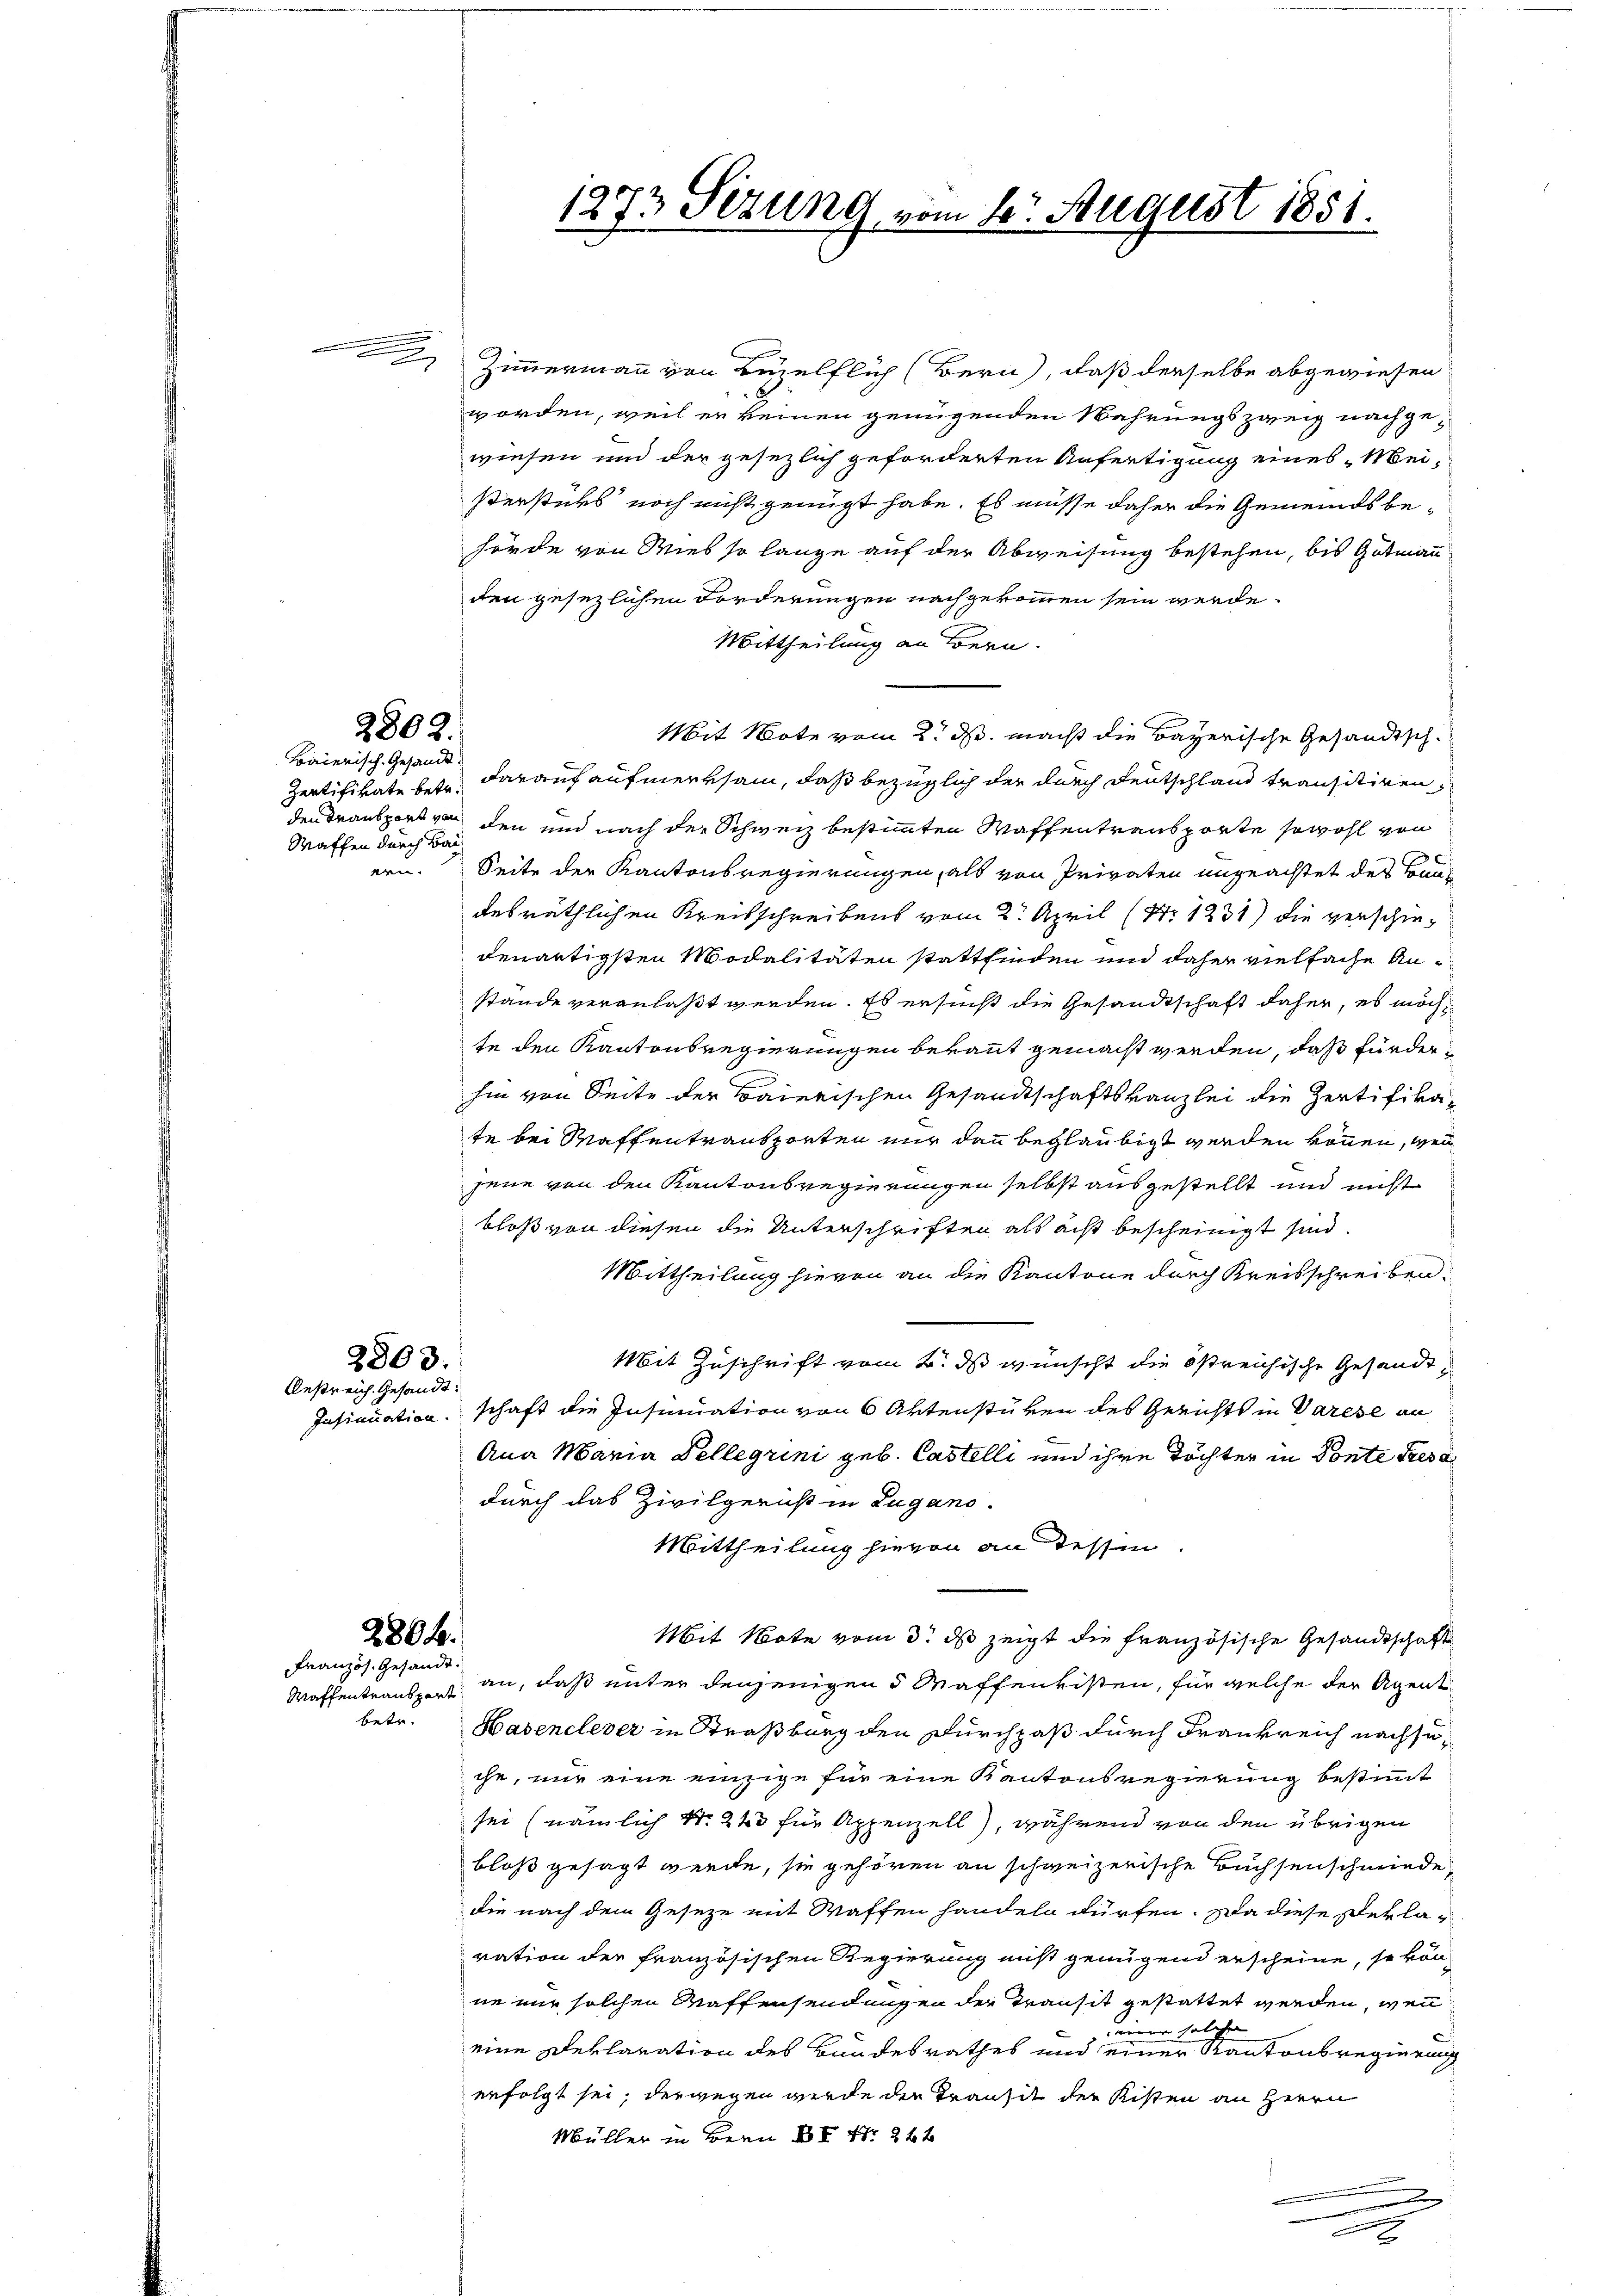
2802.

Baierisch. Gesandt
Waffen durch Bai
en

2803.
Bestreich. Gesandt.

2804.
Französ. Gesandt.
betr.

2 Zimmermann von Bezelflich (Bern, daß derselbe abgewiesen
worden, weil er keinen genügenden Wahrungszweig nachgewiesen und der gesezlich geforderten Anfertigung eines Meißerstüks noch nicht genügt habe. Es müsse daher die Gemeindsbehörde von Wies so lange auf der Abweisung bestehen, bis Gutmann
den gesezlichen Forderungen nachgekommen sein werde.
Mittheilung an Bern.
Mit Note vom 2. ds. macht die Bayerische Gesandtsch¬
Zertifivate betr. darauf aufmerksam, daß bezüglich der durch Deutschland transitiren,
den Transport von den und nach der Schweiz bestimmten Waffentransporte sowohl von
Seite der Kantonsregierungen, als von Privaten ungeachtet des Baudesräthlichen Kreisschreibens vom 2. April (Nr. 1231) die verschiedenartigsten Modalitäten stattfinden und daher vielfache Anstande veranlaßt werden. Es ersucht die Gesandtschaft daher, es möchte den Kantonsregierungen bekannt gemacht werden, daß fürder
hin von Seite der Baierischen Gesandtschaftskanzlei die Zertifikate bei Maffentransporten nur dann beglaubigt werden können, wen
jene von den Kantonsregierungen selbst ausgestellt und nicht
bloß von diesen die Unterschriften als acht bescheinigt sind.
Mittheilung hievon an die Kantone durch Kreisschreiben.
Mit Zuschrift vom 2. ds wünscht die östreichische Gesandt
Insinuation schaft die Insinuation von 6 Artenstüken des Gerichts in Varese an
Ana Maria Kellegrini geb. Castelli und ihre Töchter in Ponte Tresa
durch das Zivilgernst in Lugano.
Mittheilung hievon an dessen.
Mit Note vom 3. ds zeigt die französische Gesandtschaft
Waffentraus an, daß unter denjenigen 5 Maffenvisten, für welche der Agent
Hasenelever in Straßburg den Durchpaß durch Frankreich nachseche, nur eine einzige für eine Kantonsregierung bestimmt
sei (nämlich N. 243 für Appenzell), während von den übrigen
bloß gesagt werde, sie gehören an schweizerische Buchsenschniede
die nach dem Geseze mit Waffen handeln dürfen. Da diese Deklaration der französischen Regierung nicht genügend erscheine, so kön-
ne nur solchen Waffensendungen der Transit gestattet werden, wenn
seiner solche
eine Deklaration des Bundesrathes und einer Kantonsregierung
erfolgt sei, derwegen werde der Transit der Kisten an Herrn
Müller in Bern XX S. 24 x

.

1273 Setzung, vom 6. August 1851.